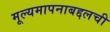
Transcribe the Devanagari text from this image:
मूल्यमापनाबद्दलची